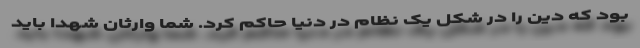
بود که دین را در شکل یک نظام در دنیا حاکم کرد. شما وارثان شهدا باید